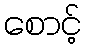
စောင့်